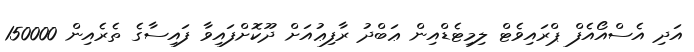
އަދި އެސްއޯއެފް ޕްރައިވެޓް ލިމިޓެޑްއިން ޢަބްދު ރާފިޢުއަށް ދޫކޮށްފައިވާ ފައިސާގެ ތެރެއިން 150000